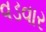
વડવાર